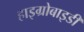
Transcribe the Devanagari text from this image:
हाइग्रोबाइडी